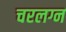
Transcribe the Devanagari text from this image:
चरलग्न